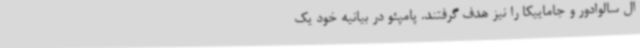
ال سالوادور و جاماییکا را نیز هدف گرفتند. پامپئو در بیانیه خود یک